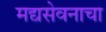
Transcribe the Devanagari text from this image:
मद्यसेवनाचा